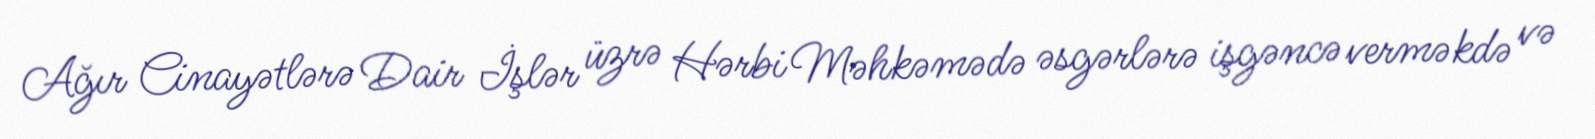
Ağır Cinayətlərə Dair İşlər üzrə Hərbi Məhkəmədə əsgərlərə işgəncə verməkdə və